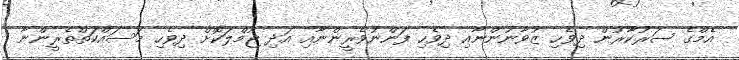
އެމްގެ ސަރުކާރުން ދިވެހި ޒުވާނުންނާއި ދިވެހި ފަންނުވެރީންނާއި އަދި ޖުމްލަކޮށް ދިވެހި މަސައްކަތްތެރީންނާ